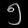
Digit: ၅